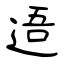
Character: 逜